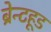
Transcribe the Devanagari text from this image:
ब्रेन्टहूड